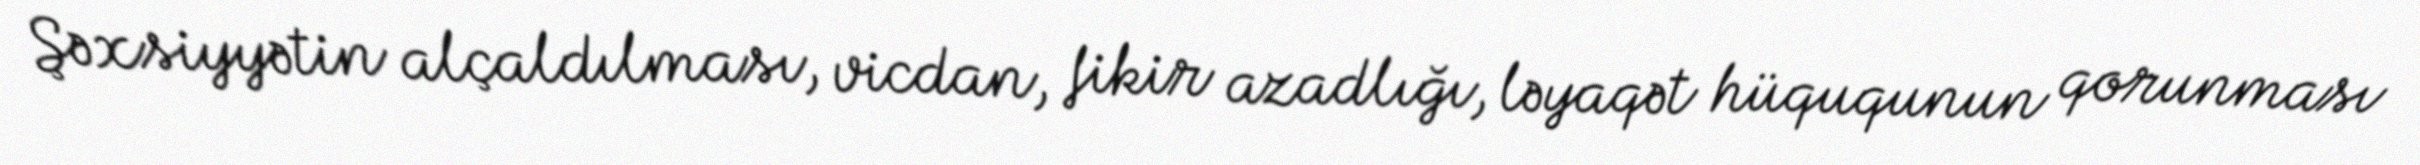
Şəxsiyyətin alçaldılması, vicdan, fikir azadlığı, ləyaqət hüququnun qorunması